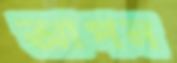
আপন